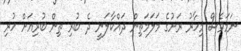
ނަމަވެސް މިހާރު ރަށުގެ މަލަމަތިން ދައްކާލަނީ ދެ ބުރި ތިން ބުރިއަށް ހުރި